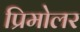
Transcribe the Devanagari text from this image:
प्रिमोलर